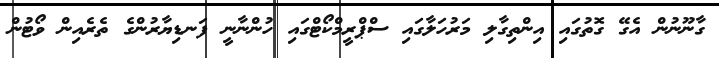
ގާނޫނުން އެގޭ ގޮތުގައި އިންތިގާލި މަރުހަލާގައި ސްޕްރީމްކޯޓްގައި ހުންނާނީ ފަނޑިޔާރުންގެ ތެރެއިން ވޯޓުން